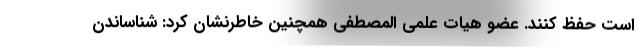
است حفظ کنند. عضو هیات علمی المصطفی همچنین خاطرنشان کرد: شناساندن